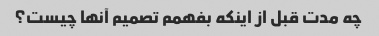
چه مدت قبل از اینکه بفهمم تصمیم آنها چیست؟